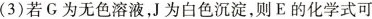
(3)若G为无色溶液，J为白色沉淀，则E的化学式可